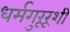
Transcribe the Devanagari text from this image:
धर्मगुरूरूशी